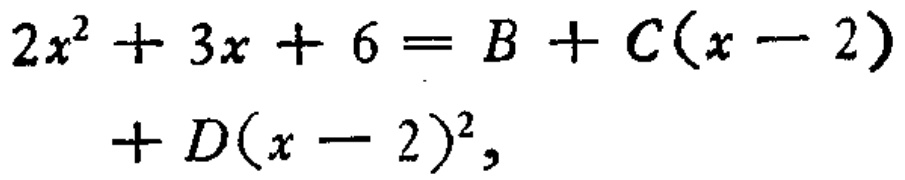
\[
\begin{align*}
2x^{2}+3x + 6&=B + C(x - 2)\\
&+D(x - 2)^{2},
\end{align*}
\]